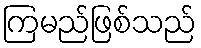
ကြမည်ဖြစ်သည်